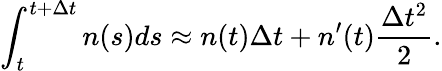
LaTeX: \int_{t}^{t+\Delta t}n(s)ds\approx n(t)\Delta t+n^{\prime}(t)\frac{\Delta t^{2}}{2}.